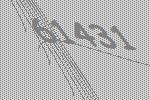
61431